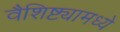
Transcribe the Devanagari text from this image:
वैशिष्ट्यामध्ये